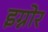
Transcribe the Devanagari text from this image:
इग्नोर